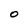
Character: O